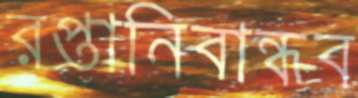
রপ্তানিবান্ধব